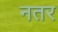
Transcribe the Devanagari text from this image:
नतर